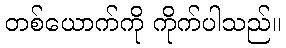
တစ်ယောက်ကို ကိုက်ပါသည်။